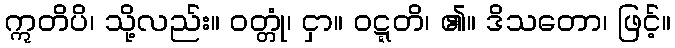
ဣတိပိ၊ သို့လည်း။ ဝတ္တုံ၊ ငှာ။ ဝဋ္ဋတိ၊ ၏။ ဒိသတော၊ ဖြင့်။